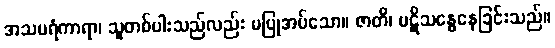
အသပရံကာရာ၊ သူတစ်ပါးသည်လည်း မပြုအပ်သော။ ဇာတိ၊ ပဋိသန္ဓေနေခြင်းသည်။